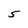
Character: 5